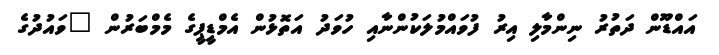
އައްޑޫން ދަތުރު ނިންމާލި އިރު ފުވައްމުލަކުންނާއި ހުވަދު އަތޮޅުން އެމްޑީޕީގެ މެމްބަރުން "ވައުދުގެ